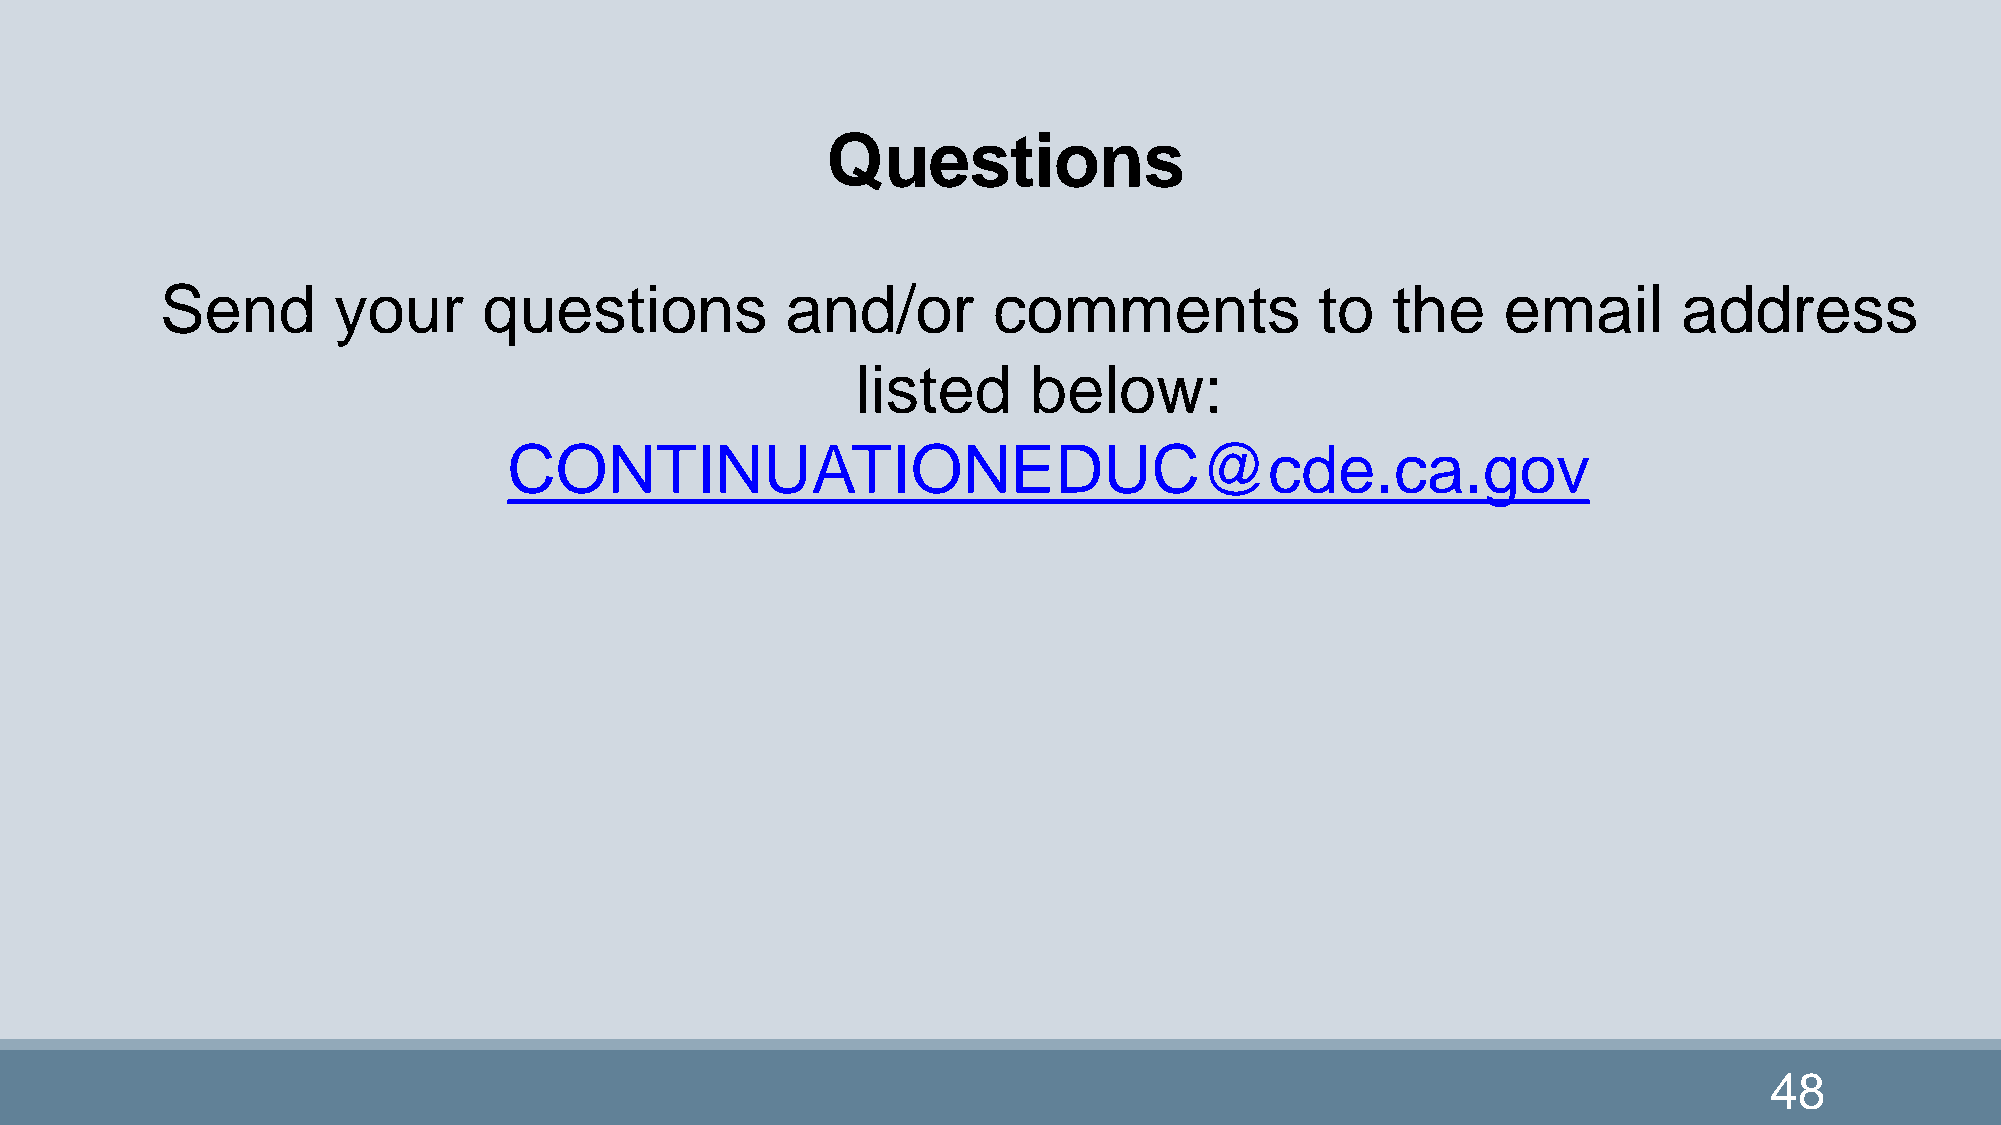
Questions
 Send       your      questions           and/or        comments             to   the     email      address
 listed     below:
 CONTINUATIONEDUC@cde.ca.gov
 48